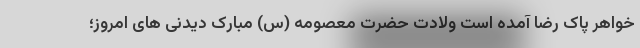
خواهر پاک رضا آمده است ولادت حضرت معصومه (س) مبارک دیدنی های امروز؛